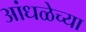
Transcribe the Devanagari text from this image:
आंधळेच्या